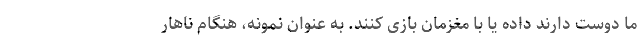
ما دوست دارند داده یا با مغزمان بازی کنند. به عنوان نمونه، هنگام ناهار